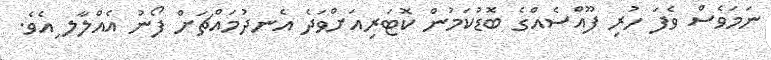
ނަމަވެސް ވެފަ ހުރި ފޫއްސެއްގެ ބޮޑުކަމުން ކޮޓަރިއަށްވަދެ އެނދުމައްޗަށް ފޯނު އެއްލާލ ިއެވެ.